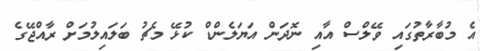
އެ މުބާރާތުގައި ވޭލްސް އާއި ނޮދަން އަޔަލެންޑް ކުޅޭ މެޗު ބަލައިލުމަށް ރާއްޖޭގެ